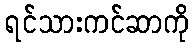
ရင်သားကင်ဆာကို